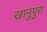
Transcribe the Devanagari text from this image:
खानुपुरा